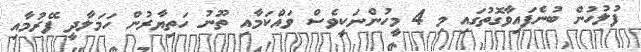
ފުލުހުން ބުނެފައިވާގޮތުގައި މި 4 މީހުންނަކީވެސް ވައްކަމާއި ތޫނު ހަތިޔާރުން ހަމަލާދީ ފޭރުމާއި